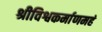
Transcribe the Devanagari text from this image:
श्रीविश्वकर्माणमहं